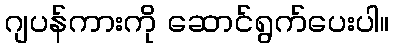
ဂျပန်ကားကို ဆောင်ရွက်ပေးပါ။